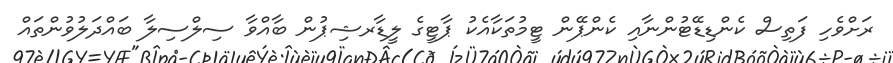
ރަށްވެހި ފަތިސް ކެންޑިޑޭޓުންނާއި ކެންޕޭން ޓީމުތަކާއެކު ޕާޓީގެ ލީޑާރޝިޕުން ބާއްވާ ސިލްސިލާ ބައްދަލުވުންތައް